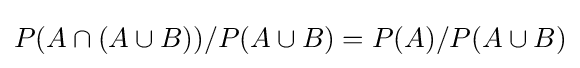
P(A\cap (A\cup B))/P(A\cup B)=P(A)/P(A\cup B)